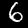
Label: 6